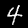
Label: 4